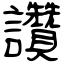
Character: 讚